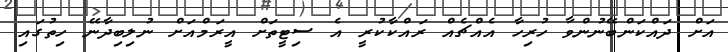
އަށް ދައްކަންބޭނުންވާ ހުރިހާ އެއްޗެއް ރައްކާކުރީ އެ ސިޓީތަށް އީރަމްއަށް ނުލިބިދާނޭ ހިތުގައި